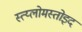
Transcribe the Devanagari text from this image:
स्त्य्लोमस्तोइद